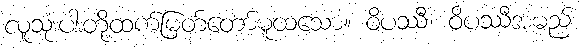
လူသုံးပါးတို့ထက်မြတ်တော်မူထသော။ ဝိပဿီ၊ ဝိပဿီအမည်